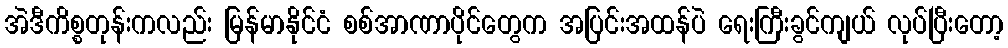
အဲဒီကိစ္စတုန်းကလည်း မြန်မာနိုင်ငံ စစ်အာဏာပိုင်တွေက အပြင်းအထန်ပဲ ရေးကြီးခွင်ကျယ် လုပ်ပြီးတော့